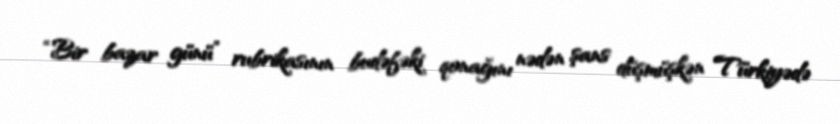
“Bir bazar günü” rubrikasının budəfəki qonağını nədən şans düşmüşkən Türkiyədə